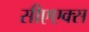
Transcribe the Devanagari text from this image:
सीएएक्स